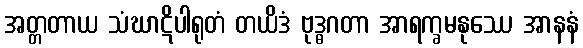
အတ္တတာယ သံဃာဋိပါရုတံ တယိဒံ ဗုဒ္ဓဂတာ အာရက္ခမနုဿေ အာနနံ